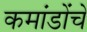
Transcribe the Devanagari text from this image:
कमांडोंचे